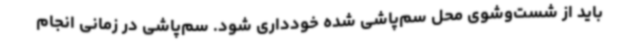
باید از شست‌وشوی محل سم‌پاشی شده خودداری شود. سم‌پاشی در زمانی انجام